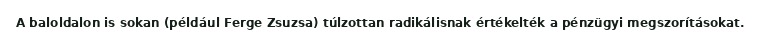
A baloldalon is sokan (például Ferge Zsuzsa) túlzottan radikálisnak értékelték a pénzügyi megszorításokat.